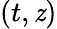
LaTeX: (t,\mathit{z})